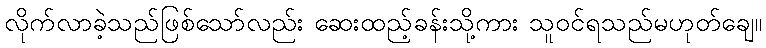
လိုက်လာခဲ့သည်ဖြစ်သော်လည်း ဆေးထည့်ခန်းသို့ကား သူဝင်ရသည်မဟုတ်ချေ။